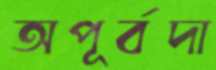
অপূর্বদা